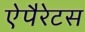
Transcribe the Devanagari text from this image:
ऐपैरेटस